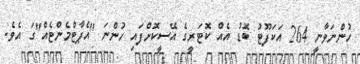
ހުންނަވާނީ 264 އަކަފޫޓު ބޮޑު އެއް ކޮޓަރީގެ އޭސީކޮށްފައި ހުންނަ "އެޕާޓްމެންޓެއް"ގަ އެވެ.